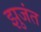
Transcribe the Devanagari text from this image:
झुजंत